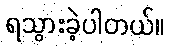
ရသွားခဲ့ပါတယ်။